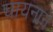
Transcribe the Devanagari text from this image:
चायनाने